Indian journal of veterinary science and animal husbandry - Volume 3,
Year: 1933
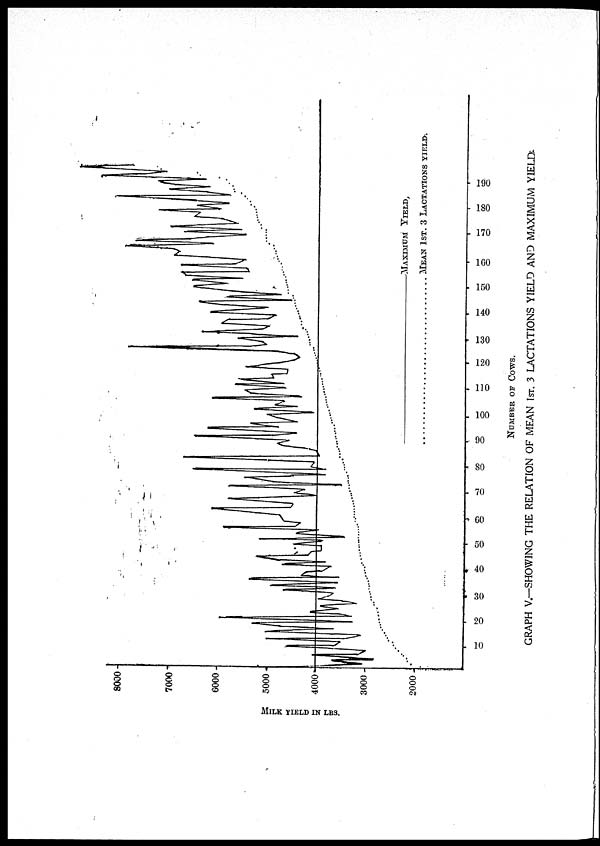
NUMBER OF COWS.
GRAPH V—SHOWING THE RELATION OF MEAN 1ST. 3 LACTATIONS YIELD AND MAXIMUM YIELD